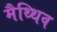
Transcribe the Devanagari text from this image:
मैथ्थिव